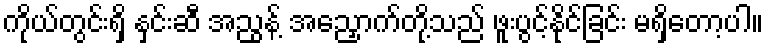
ကိုယ်တွင်းရှိ နှင်းဆီ အညွန့် အညှောက်တို့သည် ဖူးပွင့်နိုင်ခြင်း မရှိတော့ပါ။